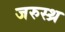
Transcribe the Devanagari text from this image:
जरुस्थ्र